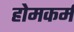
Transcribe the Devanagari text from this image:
होमकर्म